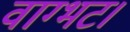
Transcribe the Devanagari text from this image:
वाग्भट।